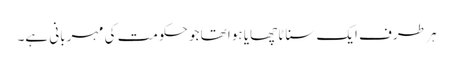
ہر طرف ایک سناٹا چھایا ہوا تھا جو حکومت کی مہربانی ہے۔